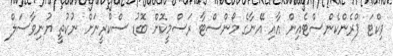
ވިކްޓަ ފްރެންކެންސްޓެއިން އާއި އޭނާގެ މޯންސްޓާ ރަސްމީކޮށް ބޮޑު ސްކްރީނަށް ނުކުތީ ޔުނިވާސަލް